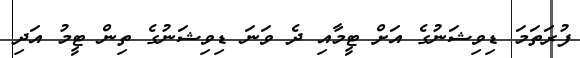
ފުރަތަމަ ޑިވިޝަނުގެ އަށް ޓީމާއި ދެ ވަނަ ޑިވިޝަނުގެ ތިން ޓީމު އަދި